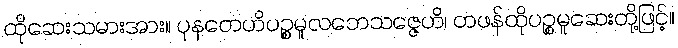
ထိုဆေးသမားအား။ ပုနတေဟိပဉ္စမူလဘေသဇ္ဇေဟိ၊ တဖန်ထိုပဉ္စမူဆေးတို့ဖြင့်။